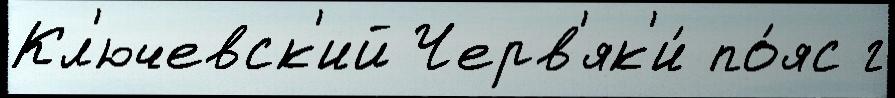
Кл'ючевск'ий Черв'як'и́ по́яс г